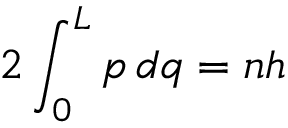
2 \int _ { 0 } ^ { L } p \, d q = n h